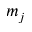
m _ { j }